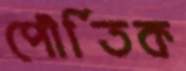
পৌর্তিক